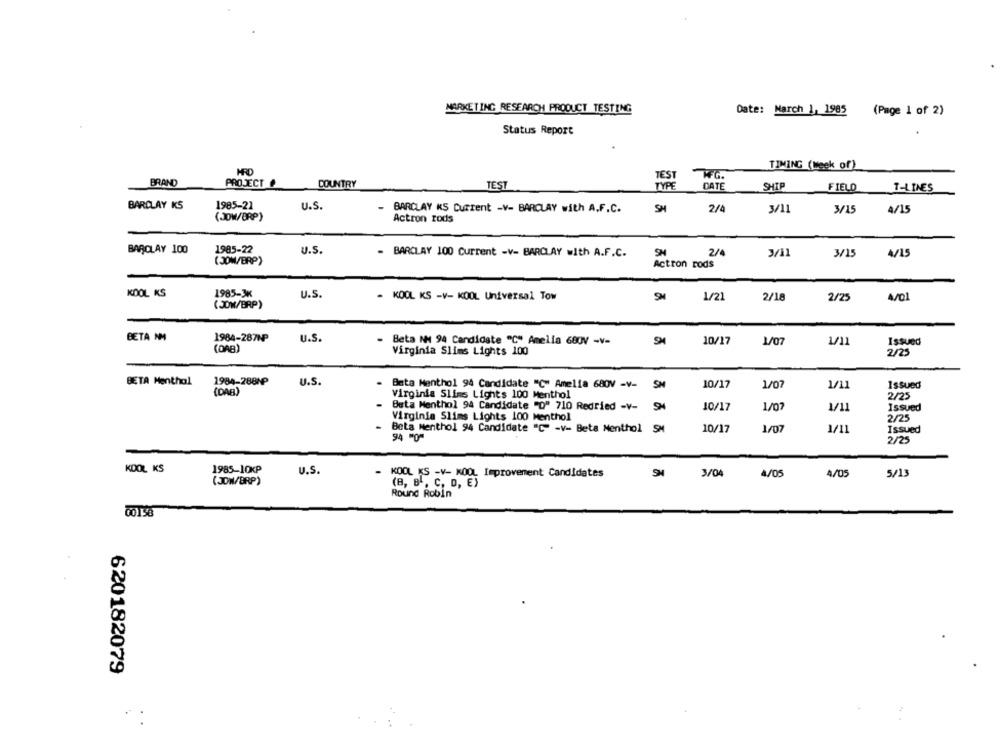
MARKETING RESEARCH PRODUCT TESTING
Date: March 1, 1985 (Page 1 of 2)
Status Report
TIMING (Week of)
HRD
TEST
BRAND
PROJECT P
COUNTRY
TEST
TYPE
DATE
SHIP
FIELD
T-LINES
BARCLAY KS
1985-21
U.S.
BARCLAY KS Current -V- BARCLAY with A.F.C.
SH
2/4
3/11
3/15
4/15
(JOW/BRP)
Actron rods
1985-22
BARCLAY 100
U.S.
- BARCLAY 100 Current -V- BARCLAY with A.F.C.
2/4
3/11
3/15
A/15
(JOW/BRP)
Actron rods
1985-3K
KOOL KS
U.S
- KOOL KS -V- KOOL Universal Tow
1/21
2/18
2/25
4/01
(JOW/BRP)
BETA NM
1984-287NP
U.S.
Beta NN 94 Candidate "C" Amelia 680V -V-
SM
10/17
V/11
Issued
(DAB)
Virginia Slims Lights 100
2/25
BETA Menthal
1984-288NP
U.S.
(DAB)
Bata Menthol 94 Candidate "C" Amelia 680V -V-
SH
10/17
1/07
1/11
Issued
Virginia Slims Lights 100 Menthol
2/25
10/17
1/07
- Beta Menthol 94 Candidate "D" 710 Redried -V-
1/11
Issued
Virginie Slims Lights 100 Menthol
2/25
1/07
1/11
Beta Menthol 94 Candidate "C" -v- Beta Menthol SM
10/17
Issued
94 "0"
2/25
KDOL KS
1985-10KP
U.S.
- KOOL KS -V- KOOL Improvement Candidates
3/04
4/05
4/05
( JOW/BRP)
5/13
(B, B, C, D, E)
Round Robin
0015%
620182079